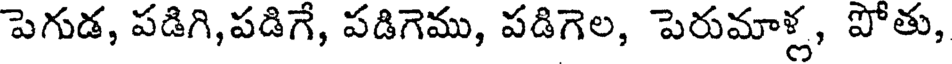
పెగుడ, పడిగి,పడిగే, పడిగెము, పడిగెల, పెరుమాళ్ల, పోతు,